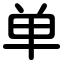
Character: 单